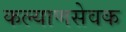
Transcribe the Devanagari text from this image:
कल्याणसेवक